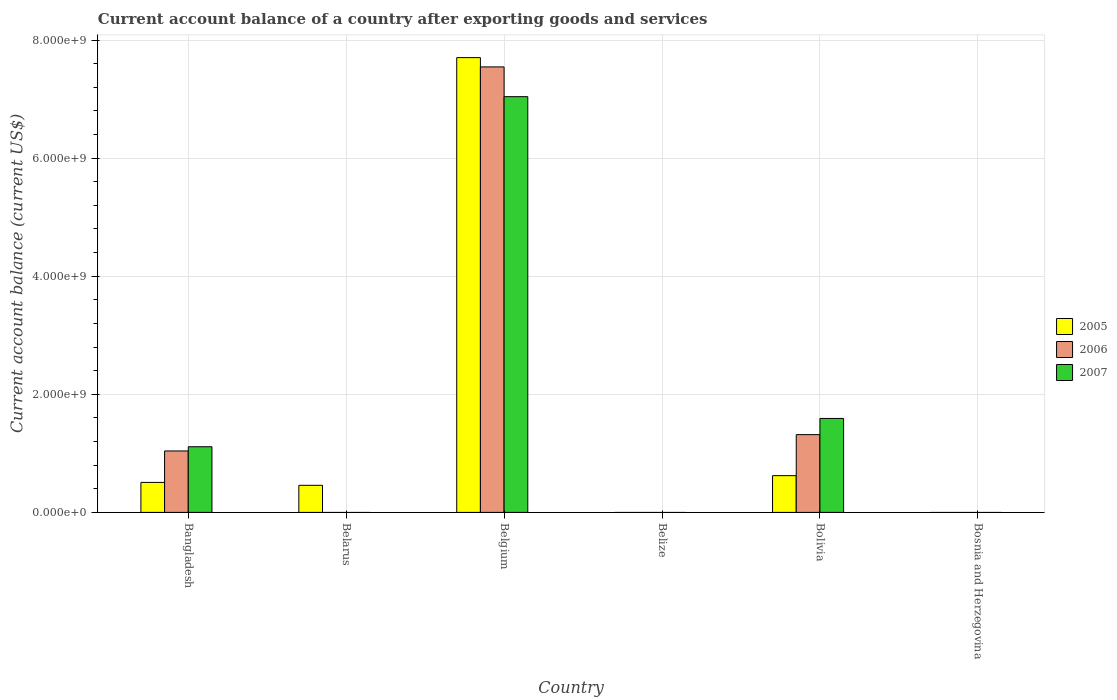
| Country | 2005 | 2006 | 2007 |
 | --- | --- | --- | --- |
 | Bangladesh | 5.08e+08 | 1.04e+09 | 1.11e+09 |
 | Belarus | 4.59e+08 | -1.39e+09 | -3.01e+09 |
 | Belgium | 7.7e+09 | 7.55e+09 | 7.04e+09 |
 | Belize | -1.51e+08 | -2.54e+07 | -5.21e+07 |
 | Bolivia | 6.22e+08 | 1.32e+09 | 1.59e+09 |
 | Bosnia and Herzegovina | -1.84e+09 | -9.98e+08 | -1.45e+09 |